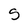
Character: S